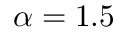
\alpha = 1 . 5